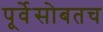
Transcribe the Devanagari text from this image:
पूर्वेसोबतच